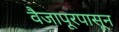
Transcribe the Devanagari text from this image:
वैजापूरपासून